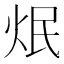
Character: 𤇜